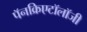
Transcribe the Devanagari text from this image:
पॅनक्रिएटॉलॉजी